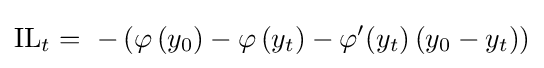
{\text{IL}}_{t}=\ -\left(\varphi \left(y_{0}\right)-\varphi \left(y_{t}\right)-\varphi '(y_{t})\left(y_{0}-y_{t}\right)\right)